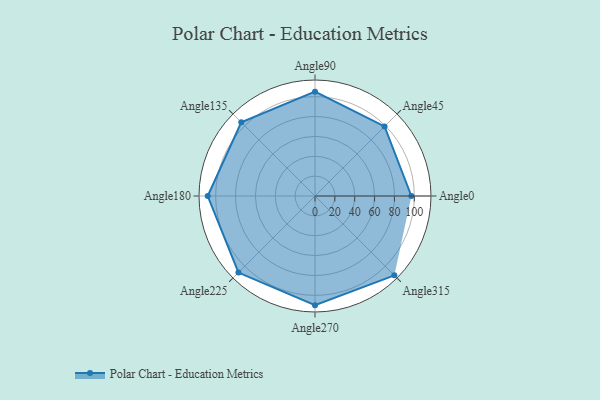
{"axis": {"x": "Angle", "y": "Radius"}, "legend": [""], "data": [{"x": "Angle0", "y": 97.0, "type": ""}, {"x": "Angle45", "y": 99.0, "type": ""}, {"x": "Angle90", "y": 105.0, "type": ""}, {"x": "Angle135", "y": 105.0, "type": ""}, {"x": "Angle180", "y": 108.0, "type": ""}, {"x": "Angle225", "y": 109.0, "type": ""}, {"x": "Angle270", "y": 110.0, "type": ""}, {"x": "Angle315", "y": 113.0, "type": ""}]}